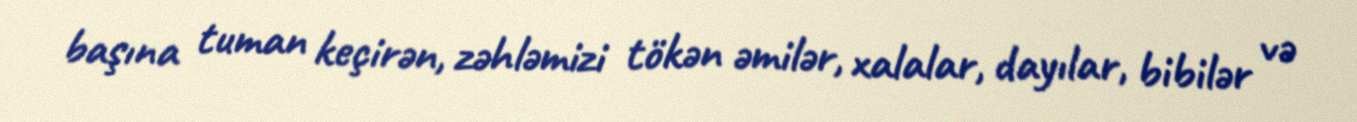
başına tuman keçirən, zəhləmizi tökən əmilər, xalalar, dayılar, bibilər və